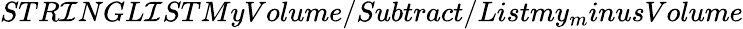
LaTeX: STR\mathcal{I}NGL\mathcal{I}STMyVolume/Subtract/Listmy_{m}inusVolume